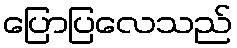
ပြောပြလေသည်